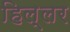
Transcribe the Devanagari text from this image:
हिल्लर